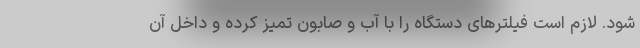
شود. لازم است فیلترهای دستگاه را با آب و صابون تمیز کرده و داخل آن